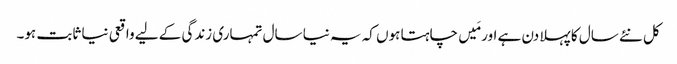
کل نئے سال کا پہلا دن ہے اور مَیں چاہتا ہوں کہ یہ نیا سال تمہاری زندگی کے لیے واقعی نیا ثابت ہو۔